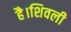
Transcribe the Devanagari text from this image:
है।शिवली